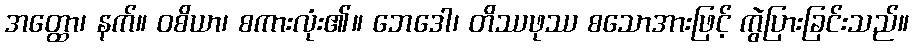
အတ္ထော၊ နက်။ ဝစိယာ၊ စကားလုံး၏။ ဘေဒေါ၊ တိဿဖုဿ စသောအားဖြင့် ကွဲပြားခြင်းသည်။